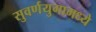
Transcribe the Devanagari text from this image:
सुवर्णयुगामध्ये